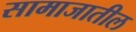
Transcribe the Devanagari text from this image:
सामाजातील